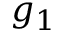
g _ { 1 }